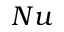
N u